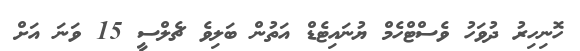
ހޮނިހިރު ދުވަހު ވެސްޓްހެމް ޔުނައިޓެޑް އަތުން ބަލިވެ ޗެލްސީ 15 ވަނަ އަށް